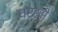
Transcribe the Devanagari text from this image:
घरखी